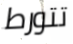
تتورط